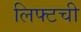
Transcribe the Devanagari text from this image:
लिफ्टची